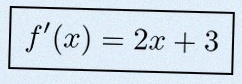
f'(x)=2x+3